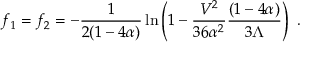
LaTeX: f _ { 1 } = f _ { 2 } = - \frac { 1 } { 2 ( 1 - 4 \alpha ) } \ln \left( 1 - \frac { V ^ { 2 } } { 3 6 \alpha ^ { 2 } } \frac { ( 1 - 4 \alpha ) } { 3 \Lambda } \right) ~ .